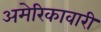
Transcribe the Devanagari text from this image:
अमेरिकावारी